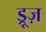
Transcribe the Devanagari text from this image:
ड्रूज़